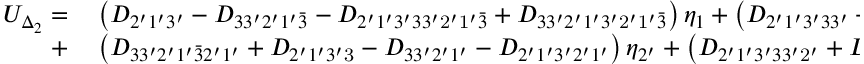
\begin{array} { r l } { U _ { \Delta _ { 2 } } = } & { { } \left( { { D _ { 2 ^ { \prime } 1 ^ { \prime } 3 ^ { \prime } } } - { D _ { 3 3 ^ { \prime } 2 ^ { \prime } 1 ^ { \prime } \bar { 3 } } } - { D _ { 2 ^ { \prime } 1 ^ { \prime } 3 ^ { \prime } 3 3 ^ { \prime } \mathrm { { 2 ^ { \prime } 1 ^ { \prime } } } \bar { 3 } } } + { D _ { 3 3 ^ { \prime } 2 ^ { \prime } 1 ^ { \prime } 3 ^ { \prime } \mathrm { { 2 ^ { \prime } 1 ^ { \prime } } } \bar { 3 } } } } \right) { \eta _ { 1 } } + \left( { { D _ { 2 ^ { \prime } 1 ^ { \prime } 3 ^ { \prime } 3 3 ^ { \prime } } } + { D _ { 3 3 ^ { \prime } 2 ^ { \prime } 1 ^ { \prime } \bar { 3 } } } - { D _ { 2 ^ { \prime } 1 ^ { \prime } 3 ^ { \prime } } } - { D _ { 3 3 ^ { \prime } 2 ^ { \prime } 1 ^ { \prime } 3 ^ { \prime } } } } \right) { \eta _ { 1 ^ { \prime } } } } \\ { + } & { { } \left( { { D _ { 3 3 ^ { \prime } 2 ^ { \prime } 1 ^ { \prime } \bar { 3 } 2 ^ { \prime } 1 ^ { \prime } } } + { D _ { 2 ^ { \prime } 1 ^ { \prime } 3 ^ { \prime } \mathrm { { 3 } } } } - { D _ { 3 3 ^ { \prime } 2 ^ { \prime } 1 ^ { \prime } } } - { D _ { 2 ^ { \prime } 1 ^ { \prime } 3 ^ { \prime } 2 ^ { \prime } 1 ^ { \prime } } } } \right) { \eta _ { 2 ^ { \prime } } } + \left( { { D _ { 2 ^ { \prime } 1 ^ { \prime } 3 ^ { \prime } 3 3 ^ { \prime } \mathrm { { 2 ^ { \prime } } } } } + { D _ { 3 3 ^ { \prime } 2 ^ { \prime } 1 ^ { \prime } \bar { 3 } \mathrm { { 2 ^ { \prime } } } } } - { D _ { 2 ^ { \prime } 1 ^ { \prime } 3 ^ { \prime } \mathrm { { 2 ^ { \prime } } } } } - { D _ { 3 3 ^ { \prime } 2 ^ { \prime } 1 ^ { \prime } 3 ^ { \prime } \mathrm { { 2 ^ { \prime } } } } } } \right) { \eta _ { 3 ^ { \prime } } } . } \end{array}